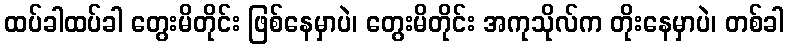
ထပ်ခါထပ်ခါ တွေးမိတိုင်း ဖြစ်နေမှာပဲ၊ တွေးမိတိုင်း အကုသိုလ်က တိုးနေမှာပဲ၊ တစ်ခါ